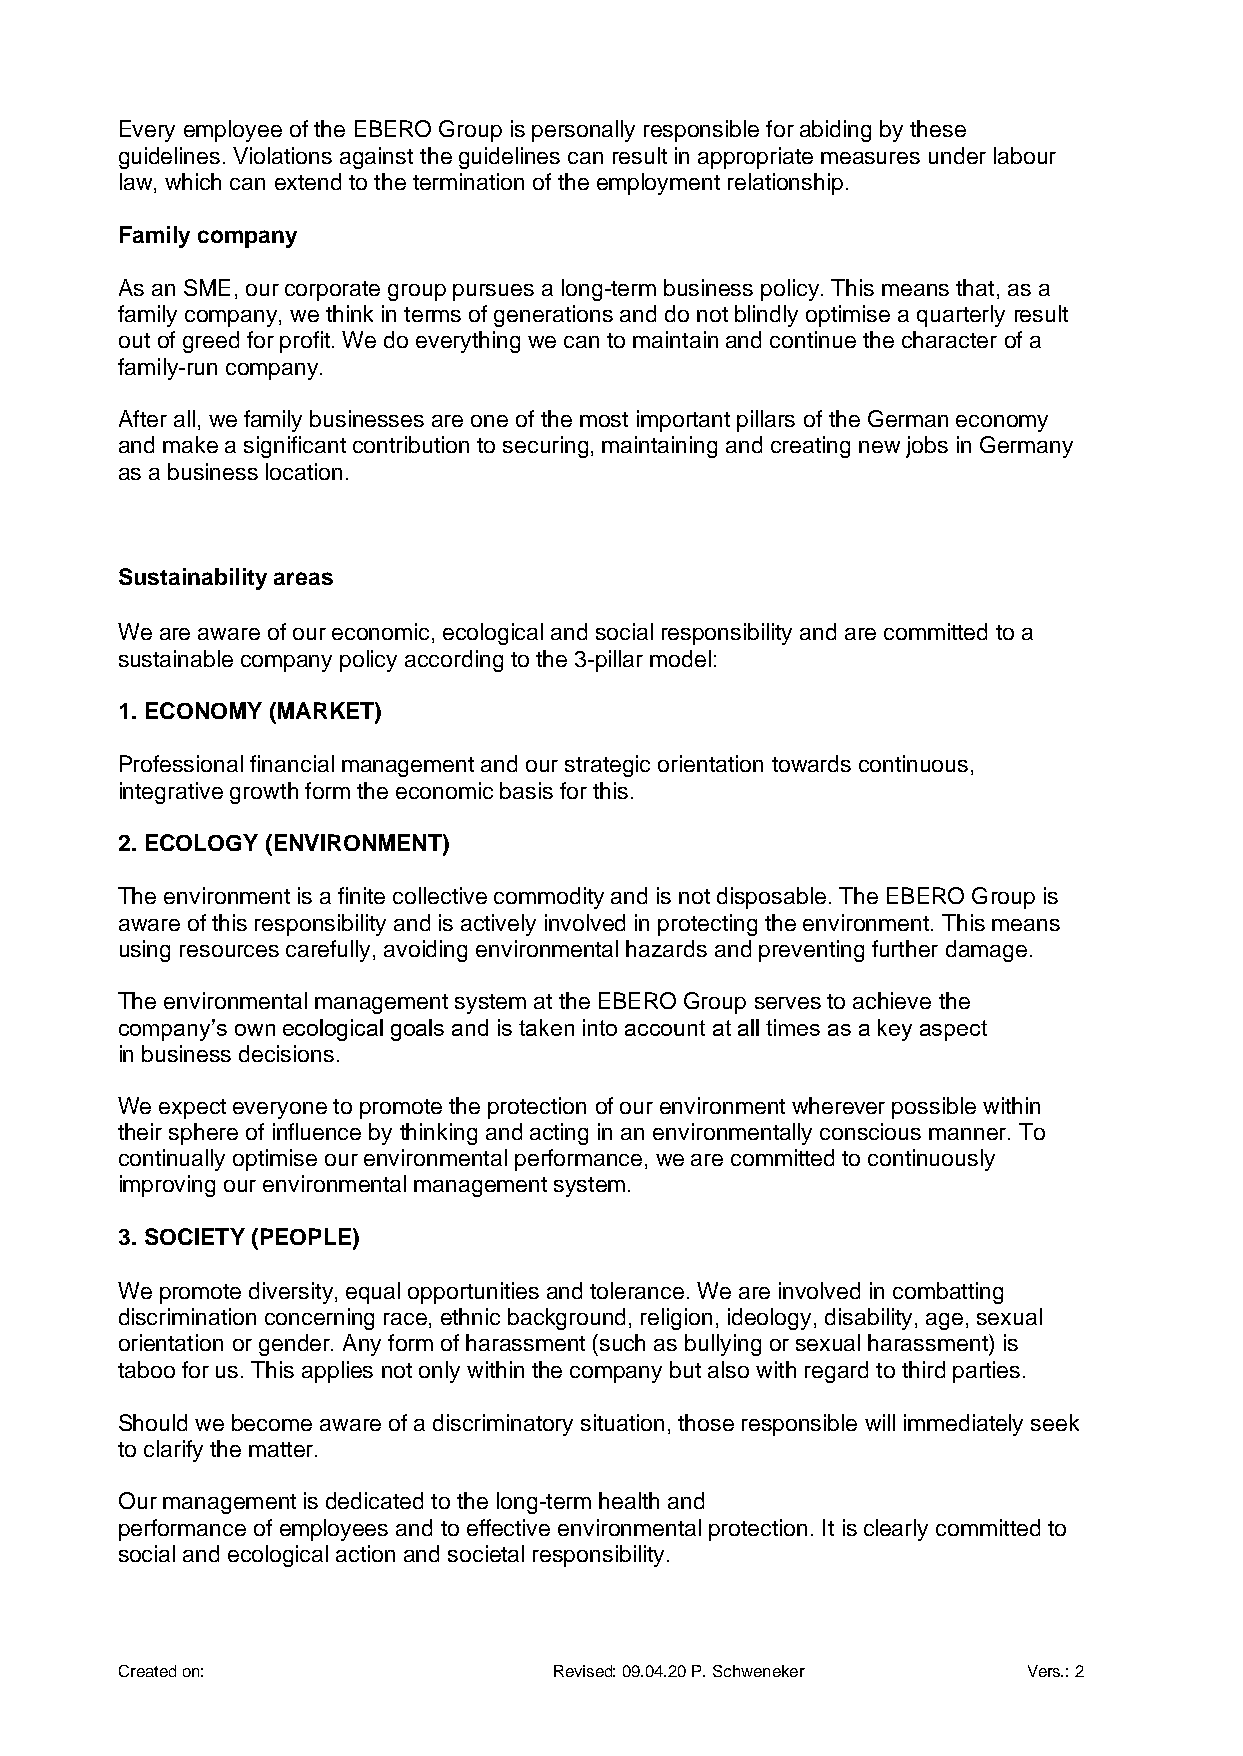
Every employee of the EBERO Group is personally responsible for abiding by these
 guidelines. Violations against the guidelines can result in appropriate measures under labour
 law, which can extend to the termination of the employment relationship.
 Family company
 As an SME, our corporate group pursues a long-term business policy. This means that, as a
 family company, we think in terms of generations and do not blindly optimise a quarterly result
 out of greed for profit. We do everything we can to maintain and continue the character of a
 family-run company.
 After all, we family businesses are one of the most important pillars of the German economy
 and make a significant contribution to securing, maintaining and creating new jobs in Germany
 as a business location.
 Sustainability areas
 We are aware of our economic, ecological and social responsibility and are committed to a
 sustainable company policy according to the 3-pillar model:
 1. ECONOMY (MARKET)
 Professional financial management and our strategic orientation towards continuous,
 integrative growth form the economic basis for this.
 2. ECOLOGY (ENVIRONMENT)
 The environment is a finite collective commodity and is not disposable. The EBERO Group is
 aware of this responsibility and is actively involved in protecting the environment. This means
 using resources carefully, avoiding environmental hazards and preventing further damage.
 The environmental management system at the EBERO Group serves to achieve the
 company’s own ecological goals and is taken into account at all times as a key aspect
 in business decisions.
 We expect everyone to promote the protection of our environment wherever possible within
 their sphere of influence by thinking and acting in an environmentally conscious manner. To
 continually optimise our environmental performance, we are committed to continuously
 improving our environmental management system.
 3. SOCIETY (PEOPLE)
 We promote diversity, equal opportunities and tolerance. We are involved in combatting
 discrimination concerning race, ethnic background, religion, ideology, disability, age, sexual
 orientation or gender. Any form of harassment (such as bullying or sexual harassment) is
 taboo for us. This applies not only within the company but also with regard to third parties.
 Should we become aware of a discriminatory situation, those responsible will immediately seek
 to clarify the matter.
 Our management is dedicated to the long-term health and
 performance of employees and to effective environmental protection. It is clearly committed to
 social and ecological action and societal responsibility.
 Created on:                  Revised: 09.04.20 P. Schweneker Vers.: 2
 13.05.2013